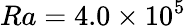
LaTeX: Ra=4.0\times 10^{5}